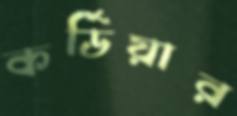
কর্ডিয়ার